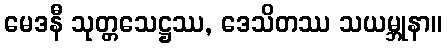
မေဒနီ သုတ္တသေဋ္ဌဿ, ဒေသိတဿ သယမ္ဘုနာ။